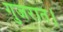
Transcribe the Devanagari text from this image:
गुजरात।